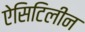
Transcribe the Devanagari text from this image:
ऐसिटिलीन